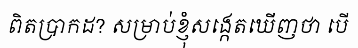
ពិតប្រាកដ? សម្រាប់ខ្ញុំសង្កេតឃើញថា បើ